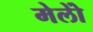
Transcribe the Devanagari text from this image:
मेलोें